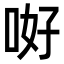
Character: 𠲡